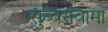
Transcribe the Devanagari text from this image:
सुब्बरावामा